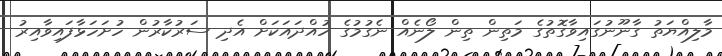
މާލިއްޔަތު ގާނޫނުގައިވާގޮތުގެ މަތިން ތިން ލޯނެއް ނެގުމުގެ ހުއްދައަކަށް އެދި ސަރުކާރުން ހުށަހަޅާފައިވާއިރު